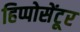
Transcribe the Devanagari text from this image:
हिप्पोसेंटूर